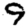
Digit: 9